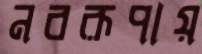
নবরূপায়